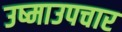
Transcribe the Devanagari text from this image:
उष्माउपचार